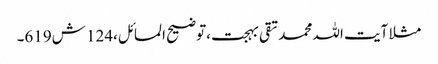
مثلا آیت اللہ محمد تقی بہجت ،توضیح المسائل،124 ش619۔